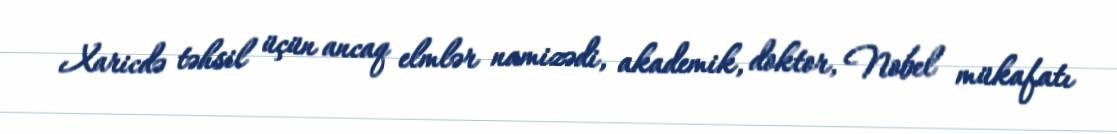
Xaricdə təhsil üçün ancaq elmlər namizədi, akademik, doktor, Nobel mükafatı